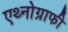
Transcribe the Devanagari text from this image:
एथ्नोग्राफी